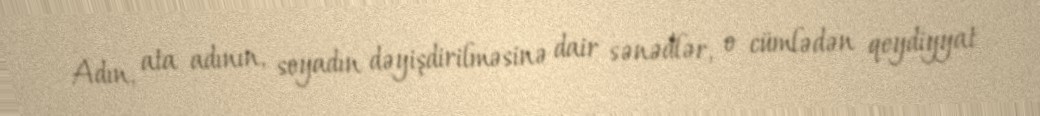
Adın, ata adının, soyadın dəyişdirilməsinə dair sənədlər, o cümlədən qeydiyyat